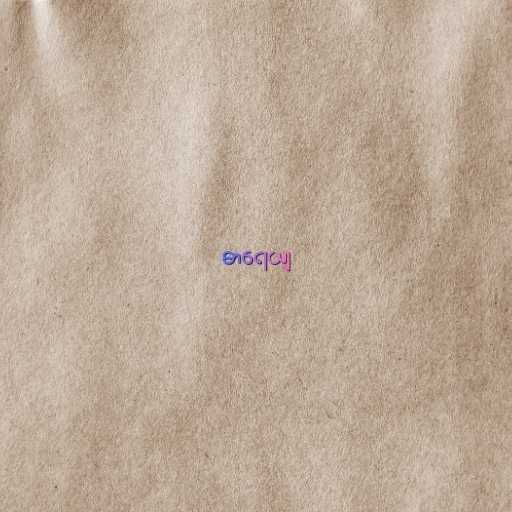
ဓာရေယျ